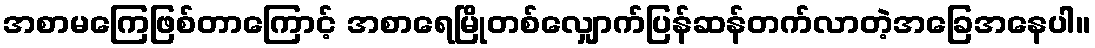
အစာမကြေဖြစ်တာကြောင့် အစာရေမြိုတစ်လျှောက်ပြန်ဆန်တက်လာတဲ့အခြေအနေပါ။